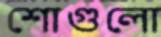
শোগুলো